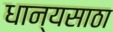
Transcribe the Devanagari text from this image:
धान्यसाठा